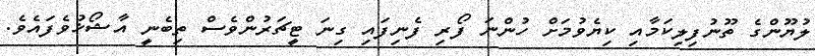
ލުޔޫންގެ ތޫނުފިލިކަމާއި ކިޔެވުމަށް ހުންނަ ފޯރި ފެނިފައި ގިނަ ޓީޗަރުންވެސް ތިބެނީ އާޝޯޚުވެފައެވެ.